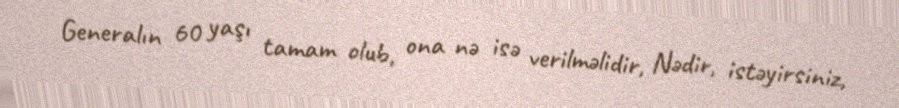
Generalın 60 yaşı tamam olub, ona nə isə verilməlidir, Nədir, istəyirsiniz,